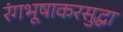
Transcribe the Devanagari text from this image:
रंगभूषाकरसुद्धा